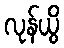
လုန်ယွိ